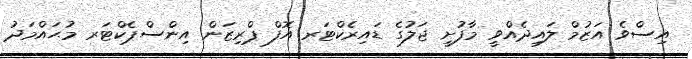
އިސްވެ އަޒުމް ލައިދެއްވީ މާފުށީ ޖަލުގެ ޑައިރެކްޓަރ އޮފް ޕްރިޒަން އިންސްޕެކްޓަރ މުޙައްމަދު